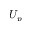
U _ { p }